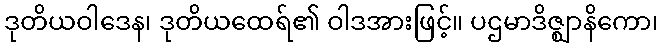
ဒုတိယဝါဒေန၊ ဒုတိယထေရ်၏ ဝါဒအားဖြင့်။ ပဌမာဒိဇ္ဈာနိကော၊